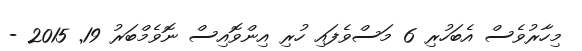
މިހާރުވެސް އެބަހުރި 6 މަސްވެފައި ހުރި އިންވޮއިސް ނޮވެމްބަރު 19